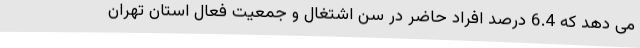
می دهد که 6.4 درصد افراد حاضر در سن اشتغال و جمعیت فعال استان تهران